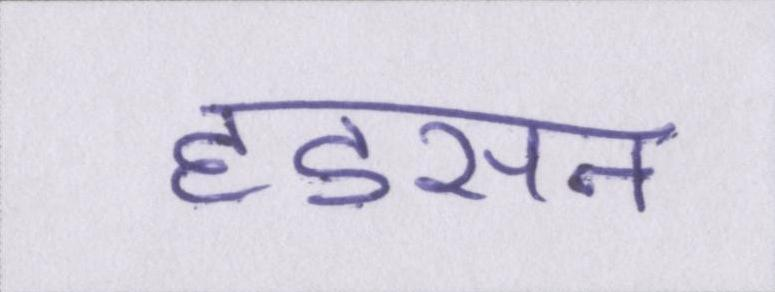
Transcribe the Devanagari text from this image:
हडसन